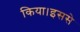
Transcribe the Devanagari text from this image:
किया।इससे